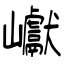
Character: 巘